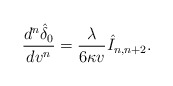
\begin{align*} \frac{d^n\hat{\delta}_0}{dv^n}=\frac{\lambda}{6\kappa v}\hat{I}_{n,n+2}.\end{align*}